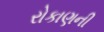
રોકાણની